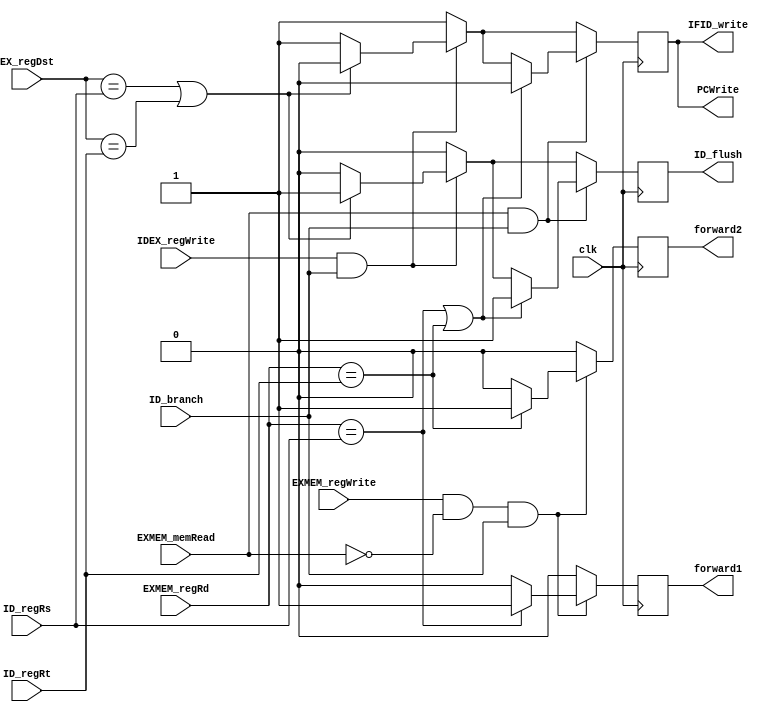
`timescale 1ns / 1ps

module brc_hazard(forward1, forward2, PCWrite, IFID_write, ID_flush, 
                 ID_branch, IDEX_regWrite, EXMEM_regWrite, EXMEM_memRead, EX_regDst, EXMEM_regRd, ID_regRt, ID_regRs, clk);
    input           ID_branch,  IDEX_regWrite,  EXMEM_regWrite,     EXMEM_memRead,  clk;
    input [4:0]     EX_regDst,  EXMEM_regRd,    ID_regRt,           ID_regRs;
    output          forward1,   forward2,       PCWrite,            IFID_write,     ID_flush;

    reg             forward1,   forward2,       PCWrite,            IFID_write,     ID_flush;

    initial begin
        forward1 = 0; forward2 = 0; PCWrite = 1; IFID_write = 1; ID_flush = 0;
    end

    always @(negedge clk) begin
        forward1 = 0; forward2 = 0; PCWrite = 1; IFID_write = 1; ID_flush = 0;
        if (IDEX_regWrite && ID_branch) begin
            if (EX_regDst == ID_regRs || EX_regDst == ID_regRt) begin
                PCWrite = 0; IFID_write = 0; ID_flush = 1;
            end
        end
        if (EXMEM_regWrite && !EXMEM_memRead && ID_branch) begin
            if (EXMEM_regRd == ID_regRs) forward1 = 1;
            if (EXMEM_regRd == ID_regRt) forward2 = 1;
        end
        if (EXMEM_memRead && ID_branch) begin
            if (EXMEM_regRd == ID_regRs || EXMEM_regRd == ID_regRt) begin
                PCWrite = 0; IFID_write = 0; ID_flush = 1;
            end
        end
    end

endmodule //brc_hazard